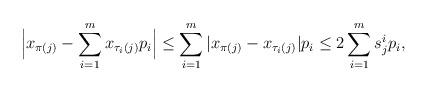
LaTeX: \begin{align*} \Big|x_{\pi(j)} - \sum_{i=1}^m x_{\tau_i(j)} p_i\Big|\le \sum_{i=1}^m|x_{\pi(j)} - x_{\tau_i(j)}|p_i \le 2\sum_{i=1}^m s^i_j p_i, \end{align*}